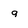
Character: q